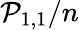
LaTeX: \mathcal{P}_{1,1}/n